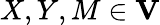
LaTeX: X,Y,M\in\mathbf{V}